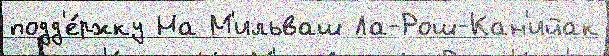
подд'е́ржку На М'ильваш Ла-Рош-Кан'ийак